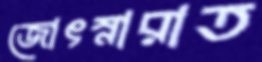
জোৎস্নারাত